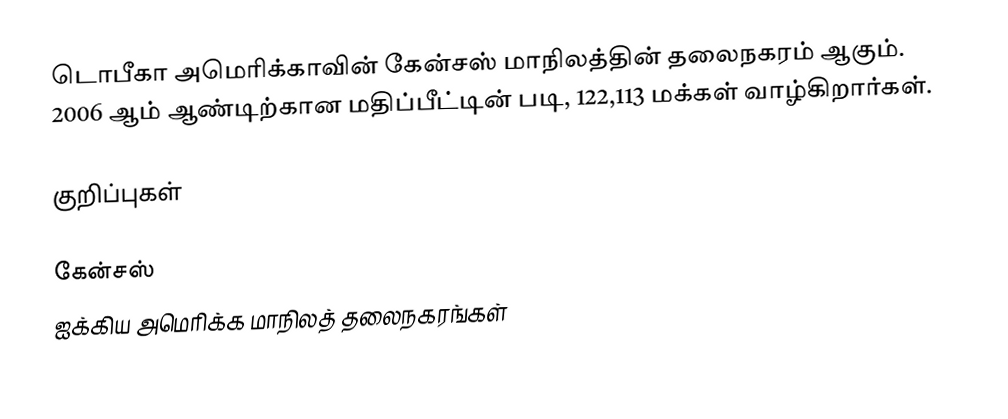
டொபீகா அமெரிக்காவின் கேன்சஸ் மாநிலத்தின் தலைநகரம் ஆகும். 2006 ஆம் ஆண்டிற்கான மதிப்பீட்டின் படி, 122,113 மக்கள் வாழ்கிறார்கள்.

குறிப்புகள்

கேன்சஸ்
ஐக்கிய அமெரிக்க மாநிலத் தலைநகரங்கள்